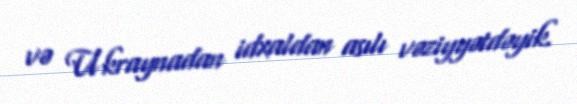
və Ukraynadan idxaldan asılı vəziyyətdəyik.